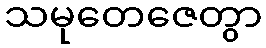
သမုတေဇေတွာ